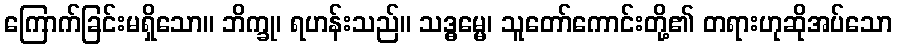
ကြောက်ခြင်းမရှိသော။ ဘိက္ခု၊ ရဟန်းသည်။ သဒ္ဓမ္မေ၊ သူတော်ကောင်းတို့၏ တရားဟုဆိုအပ်သော